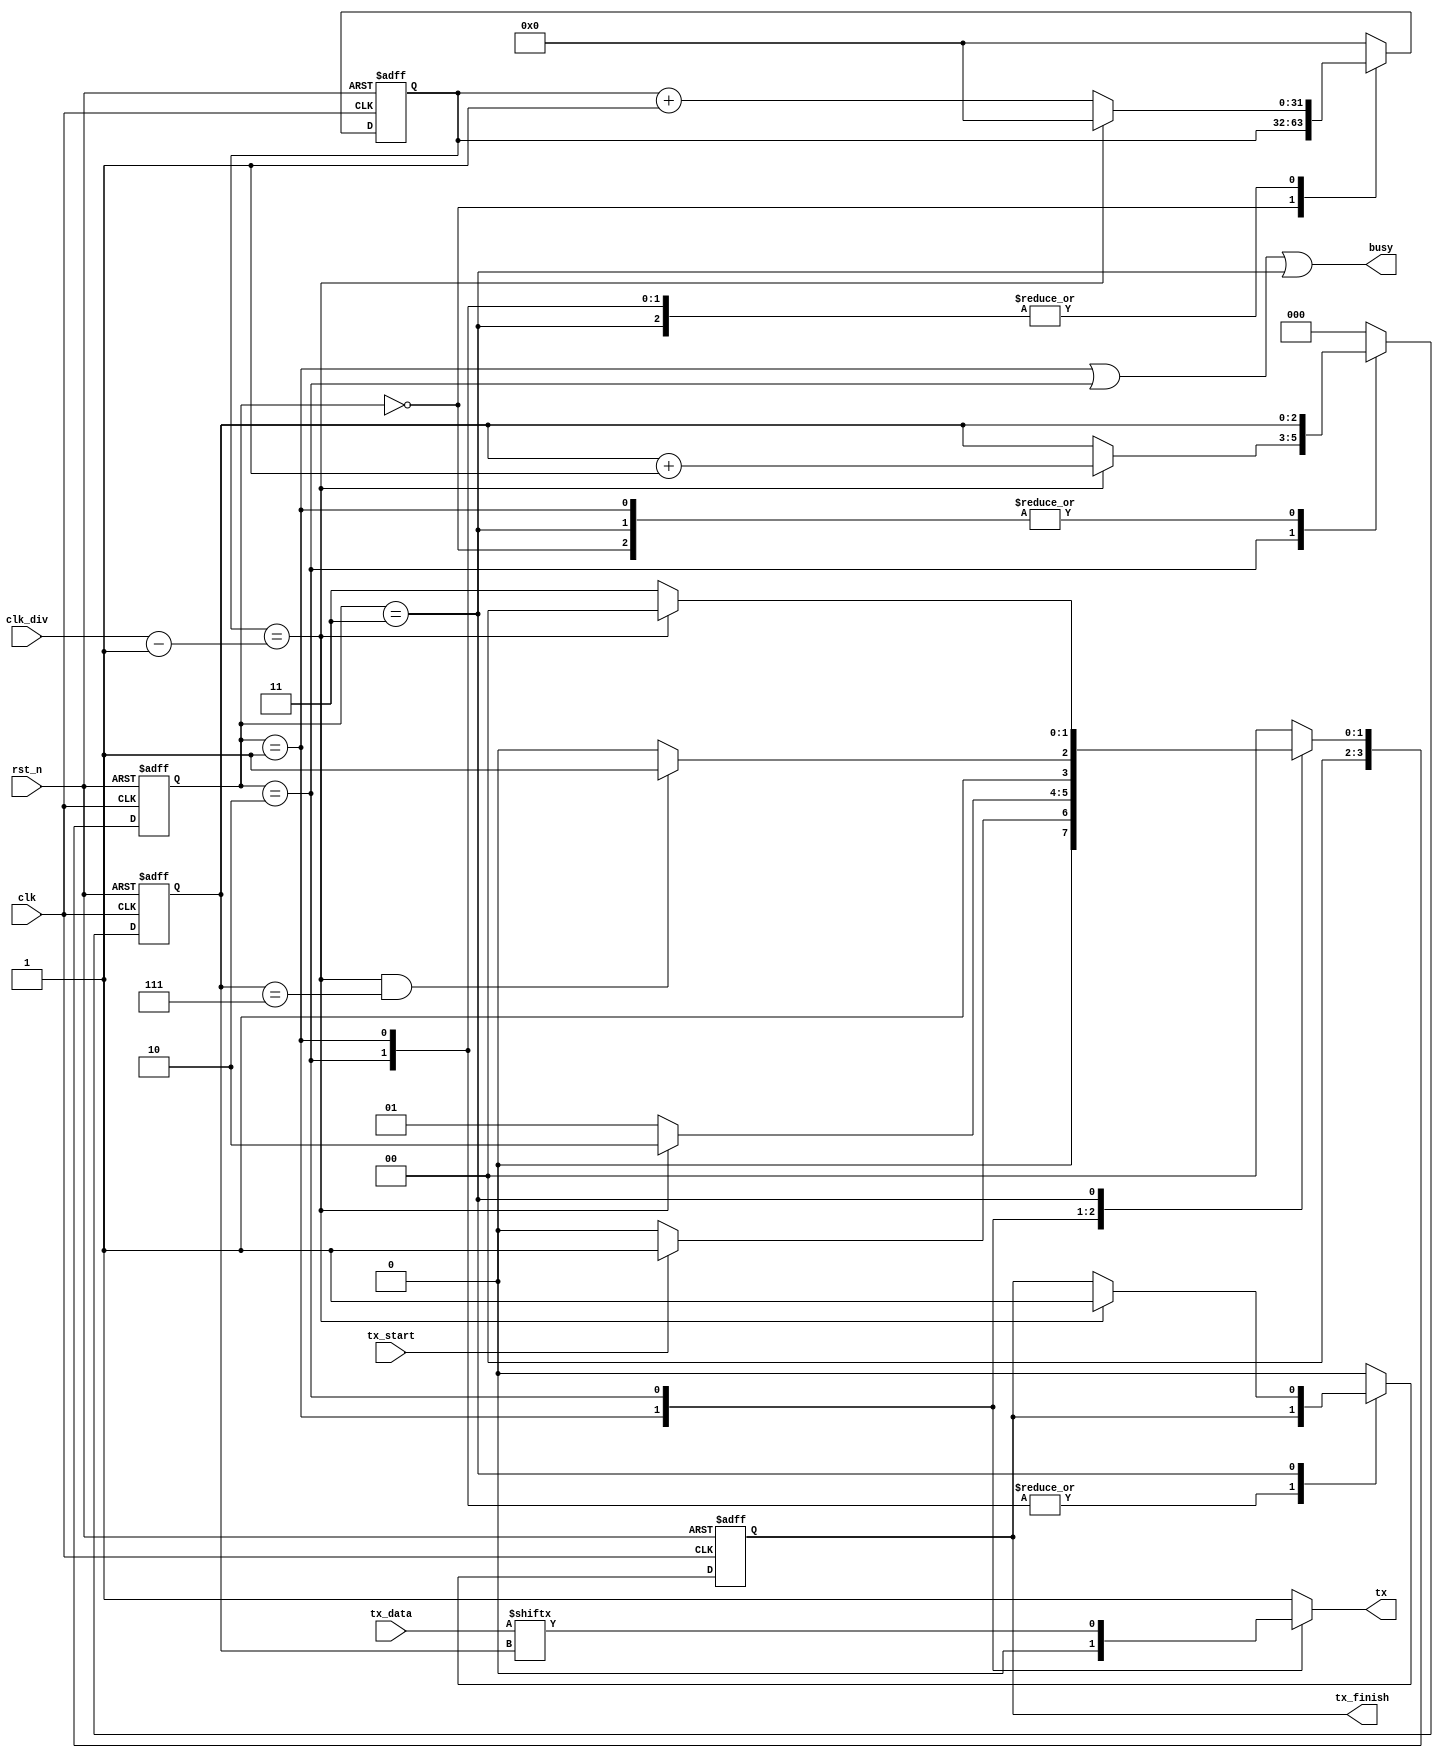
module uart_transmission(
  input wire        rst_n,
  input wire        clk,
  input wire [31:0] clk_div,
  input wire        tx_start,
  input wire [7:0]  tx_data,
  output reg        tx,
  output reg        tx_finish,
//   output reg        clear_req,
  output wire        busy
);

parameter WAIT        = 4'b0000;
parameter START_BIT   = 4'b0001;
parameter SEND_DATA   = 4'b0010;
parameter STOP_BIT    = 4'b0011;
// parameter CLEAR_REQ   = 4'b0100;

//=====================================================================
//   LOGIC DECLARATION
//=====================================================================
reg [3:0] cur_state, next_state;
reg [31:0] clk_cnt;
reg [2:0] tx_index;
reg [1:0] detect_posedge_start;

//=====================================================================
//   FSM
//=====================================================================
// Current state
always @(posedge clk or negedge rst_n) begin
    if (~rst_n)
        cur_state <= WAIT;
    else
        cur_state <= next_state;
end
// Next state
always @(*) begin
    case (cur_state)
        WAIT: begin
            if (tx_start/*detect_posedge_start == 2'b01*/)
                next_state = START_BIT;
            else
                next_state = WAIT;
        end
        START_BIT: begin
            if(clk_cnt == (clk_div - 1))
                next_state = SEND_DATA;
            else
                next_state = START_BIT;
        end
        SEND_DATA: begin
            if(clk_cnt == (clk_div - 1) && tx_index == 3'b111)
                next_state = STOP_BIT;
            else
                next_state = SEND_DATA;
        end
        STOP_BIT: begin
            if(clk_cnt == (clk_div - 1))
                next_state = WAIT;
            else
                next_state = STOP_BIT;
        end
        default: next_state = WAIT;
    endcase
end

//=====================================================================
//   DATA PATH & CONTROL
//=====================================================================
// Seq
always @(posedge clk or negedge rst_n) begin
    if (~rst_n) begin
        tx_index  <= 3'b000;
        clk_cnt   <= 32'h0000_0000;
        tx_finish <= 1'b0;
    end else begin
        case (cur_state)
            WAIT: tx_finish <= 1'b0;
            START_BIT: begin
                if(clk_cnt == (clk_div - 1)) begin
                    clk_cnt <= 32'h0000_0000;
                end else begin
                    clk_cnt <= clk_cnt + 32'h0000_0001;
                end
            end
            SEND_DATA: begin
                if(clk_cnt == (clk_div - 1)) begin
                    clk_cnt <= 32'h0000_0000;
                    tx_index <= tx_index + 3'b001;
                end else begin
                    clk_cnt <= clk_cnt + 32'h0000_0001;
                end
            end
            STOP_BIT: begin
                if(clk_cnt == (clk_div - 1)) begin
                    clk_cnt <= 32'h0000_0000;
                    tx_finish <= 1'b1;
                end else begin
                    clk_cnt <= clk_cnt + 32'h0000_0001;
                end
            end
            default: begin
                tx_index  <= 3'b000;
                clk_cnt   <= 32'h0000_0000;
                tx_finish <= 1'b0;
            end
        endcase
    end
end
// Comb
assign busy = (
    cur_state == START_BIT ||
    cur_state == SEND_DATA ||
    cur_state == STOP_BIT);
assign clear_req = (cur_state == CLEAR_REQ);
always @(*) begin
    case (cur_state)
        WAIT: tx = 1'b1; // Drive Line High for Idle
        START_BIT: tx = 1'b0; // start bit = 0
        SEND_DATA: tx = tx_data[tx_index];
        STOP_BIT: tx = 1'b1; // stop bit = 1
        default: tx = 1'b1;
    endcase
end

endmodule